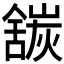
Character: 𬜍